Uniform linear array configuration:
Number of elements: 64
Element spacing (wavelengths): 0.5
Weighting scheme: binomial
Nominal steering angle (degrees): -45
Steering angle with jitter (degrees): -46.438
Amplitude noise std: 0.05
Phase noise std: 0.05

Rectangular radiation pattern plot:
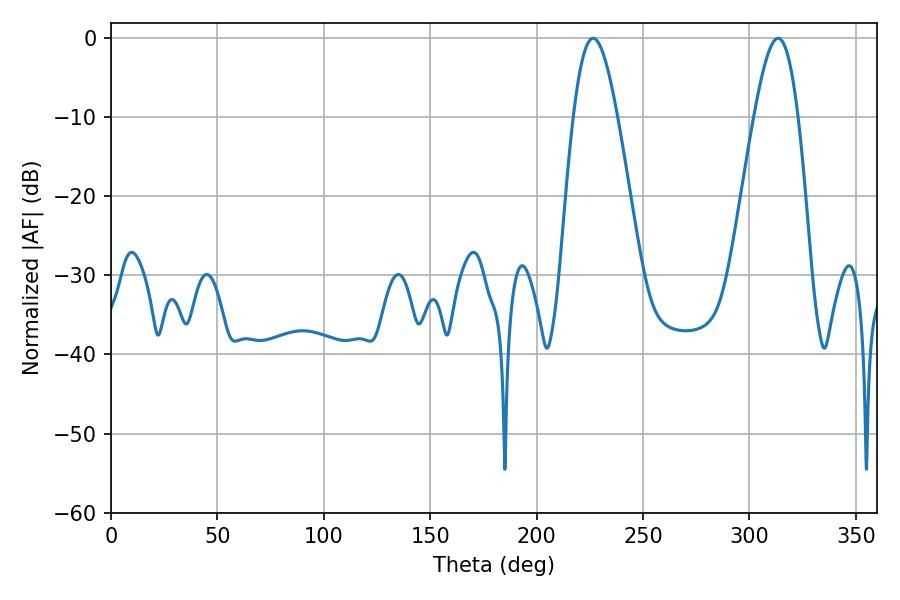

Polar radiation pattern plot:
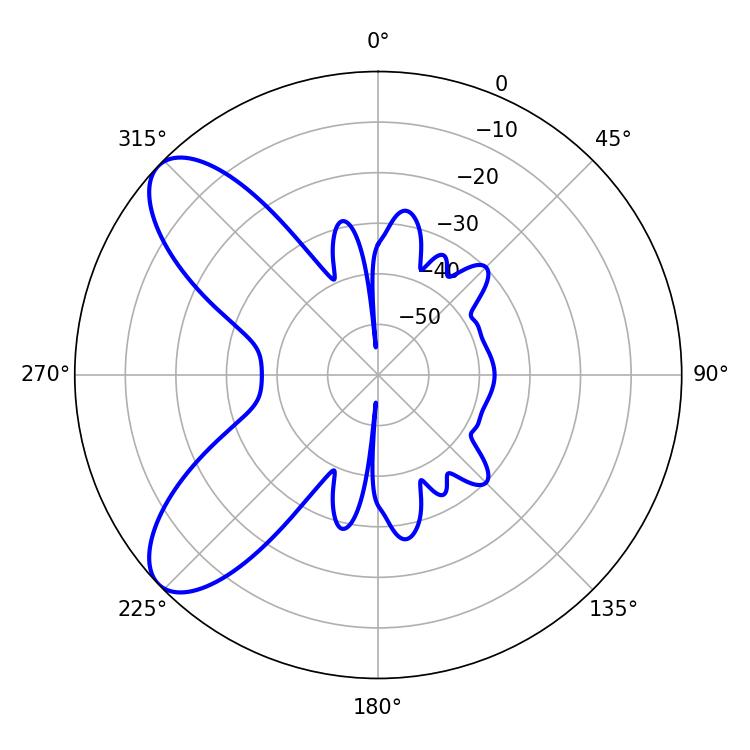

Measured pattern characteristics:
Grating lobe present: FALSE
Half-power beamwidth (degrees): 10.98
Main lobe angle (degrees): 226.62